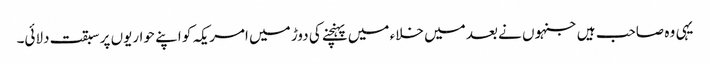
یہی وہ صاحب ہیں جنہوں نے بعد میں خلاء میں پہنچنے کی دوڑ میں امریکہ کو اپنے حواریوں پر سبقت دلائی۔